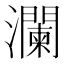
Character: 瀾